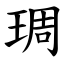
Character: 琱